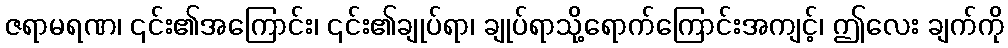
ဇရာမရဏ၊ ၎င်း၏အကြောင်း၊ ၎င်း၏ချုပ်ရာ၊ ချုပ်ရာသို့ရောက်ကြောင်းအကျင့်၊ ဤလေး ချက်ကို